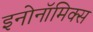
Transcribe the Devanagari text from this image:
इनोनॉमिक्स